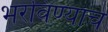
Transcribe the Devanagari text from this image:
भरविण्याचे